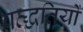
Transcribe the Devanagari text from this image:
पत्द्धतियों